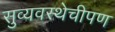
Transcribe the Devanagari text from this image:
सुव्यवस्थेचीपण